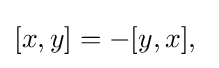
[x,y]=-[y,x],\